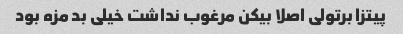
پیتزا برتولی اصلا بیکن مرغوب نداشت خیلی بد مزه بود